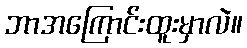
ဘာအကြောင်းထူးမှာလဲ။